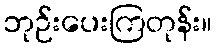
ဘုဉ်းပေးကြတုန်း။